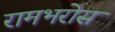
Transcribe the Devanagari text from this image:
रामभरोस